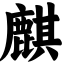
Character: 麒